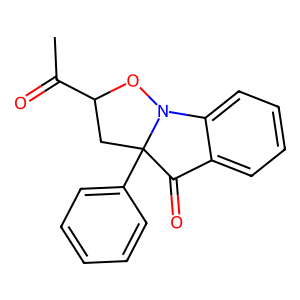
SMILES: CC(=O)C1CC2(c3ccccc3)C(=O)c3ccccc3N2O1
Inhibits HIV replication: No